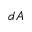
d A